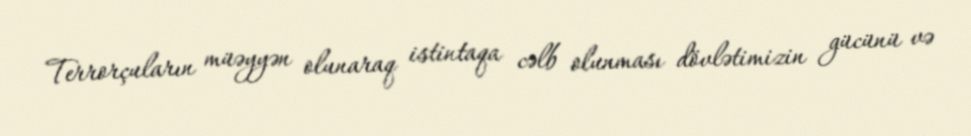
Terrorçuların müəyyən olunaraq istintaqa cəlb olunması dövlətimizin gücünü və